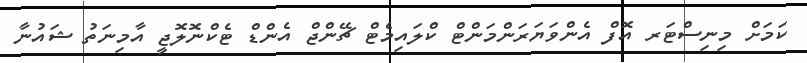
ކަމަށް މިނިސްޓަރ އޮފް އެންވަޔަރަންމަންޓް ކްލައިމެޓް ޗޭންޖް އެންޑް ޓެކްނޮލޮޖީ އާމިނަތު ޝައުނާ